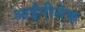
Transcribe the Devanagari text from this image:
आईपीसेक